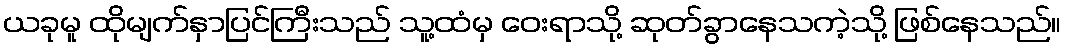
ယခုမူ ထိုမျက်နှာပြင်ကြီးသည် သူ့ထံမှ ဝေးရာသို့ ဆုတ်ခွာနေသကဲ့သို့ ဖြစ်နေသည်။